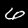
Digit: 6